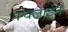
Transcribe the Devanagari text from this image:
पंचलाईन